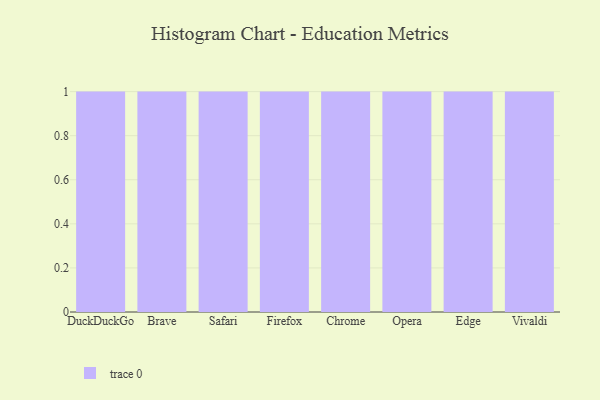
{"axis": {"x": "Browser", "y": "Energy Usage (MWh)"}, "legend": [""], "data": [{"x": "DuckDuckGo", "y": 82, "type": ""}, {"x": "Brave", "y": 37, "type": ""}, {"x": "Safari", "y": 100, "type": ""}, {"x": "Firefox", "y": 65, "type": ""}, {"x": "Chrome", "y": 46, "type": ""}, {"x": "Opera", "y": 29, "type": ""}, {"x": "Edge", "y": 47, "type": ""}, {"x": "Vivaldi", "y": 68, "type": ""}]}